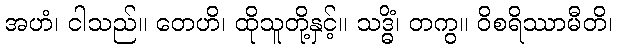
အဟံ၊ ငါသည်။ တေဟိ၊ ထိုသူတို့နှင့်။ သဒ္ဓိံ၊ တကွ။ ဝိစရိဿာမီတိ၊